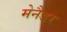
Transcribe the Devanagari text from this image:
मेनैडर